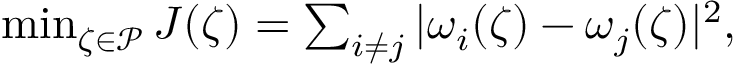
\begin{array} { r } { \operatorname* { m i n } _ { \zeta \in \mathcal { P } } J ( \zeta ) = \sum _ { i \neq j } | \omega _ { i } ( \zeta ) - \omega _ { j } ( \zeta ) | ^ { 2 } , } \end{array}